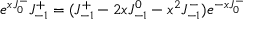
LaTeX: e ^ { x J _ { 0 } ^ { - } } J _ { - 1 } ^ { + } = ( J _ { - 1 } ^ { + } - 2 x J _ { - 1 } ^ { 0 } - x ^ { 2 } J _ { - 1 } ^ { - } ) e ^ { - x J _ { 0 } ^ { - } }